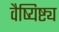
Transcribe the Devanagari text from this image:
वैष्यिष्ट्य